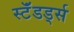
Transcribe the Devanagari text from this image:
स्टॅंडर्ड्स